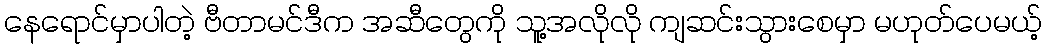
နေရောင်မှာပါတဲ့ ဗီတာမင်ဒီက အဆီတွေကို သူ့အလိုလို ကျဆင်းသွားစေမှာ မဟုတ်ပေမယ့်